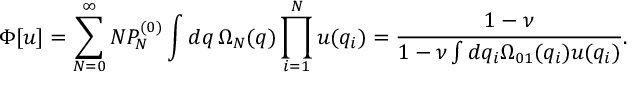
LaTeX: \Phi [ u ] = \sum _ { N = 0 } ^ { \infty } { \cal N } P _ { N } ^ { ( 0 ) } \int d q \, \Omega _ { N } ( q ) \prod _ { i = 1 } ^ { N } u ( q _ { i } ) = \frac { 1 - \nu } { 1 - \nu \int d q _ { i } \Omega _ { 0 1 } ( q _ { i } ) u ( q _ { i } ) } .